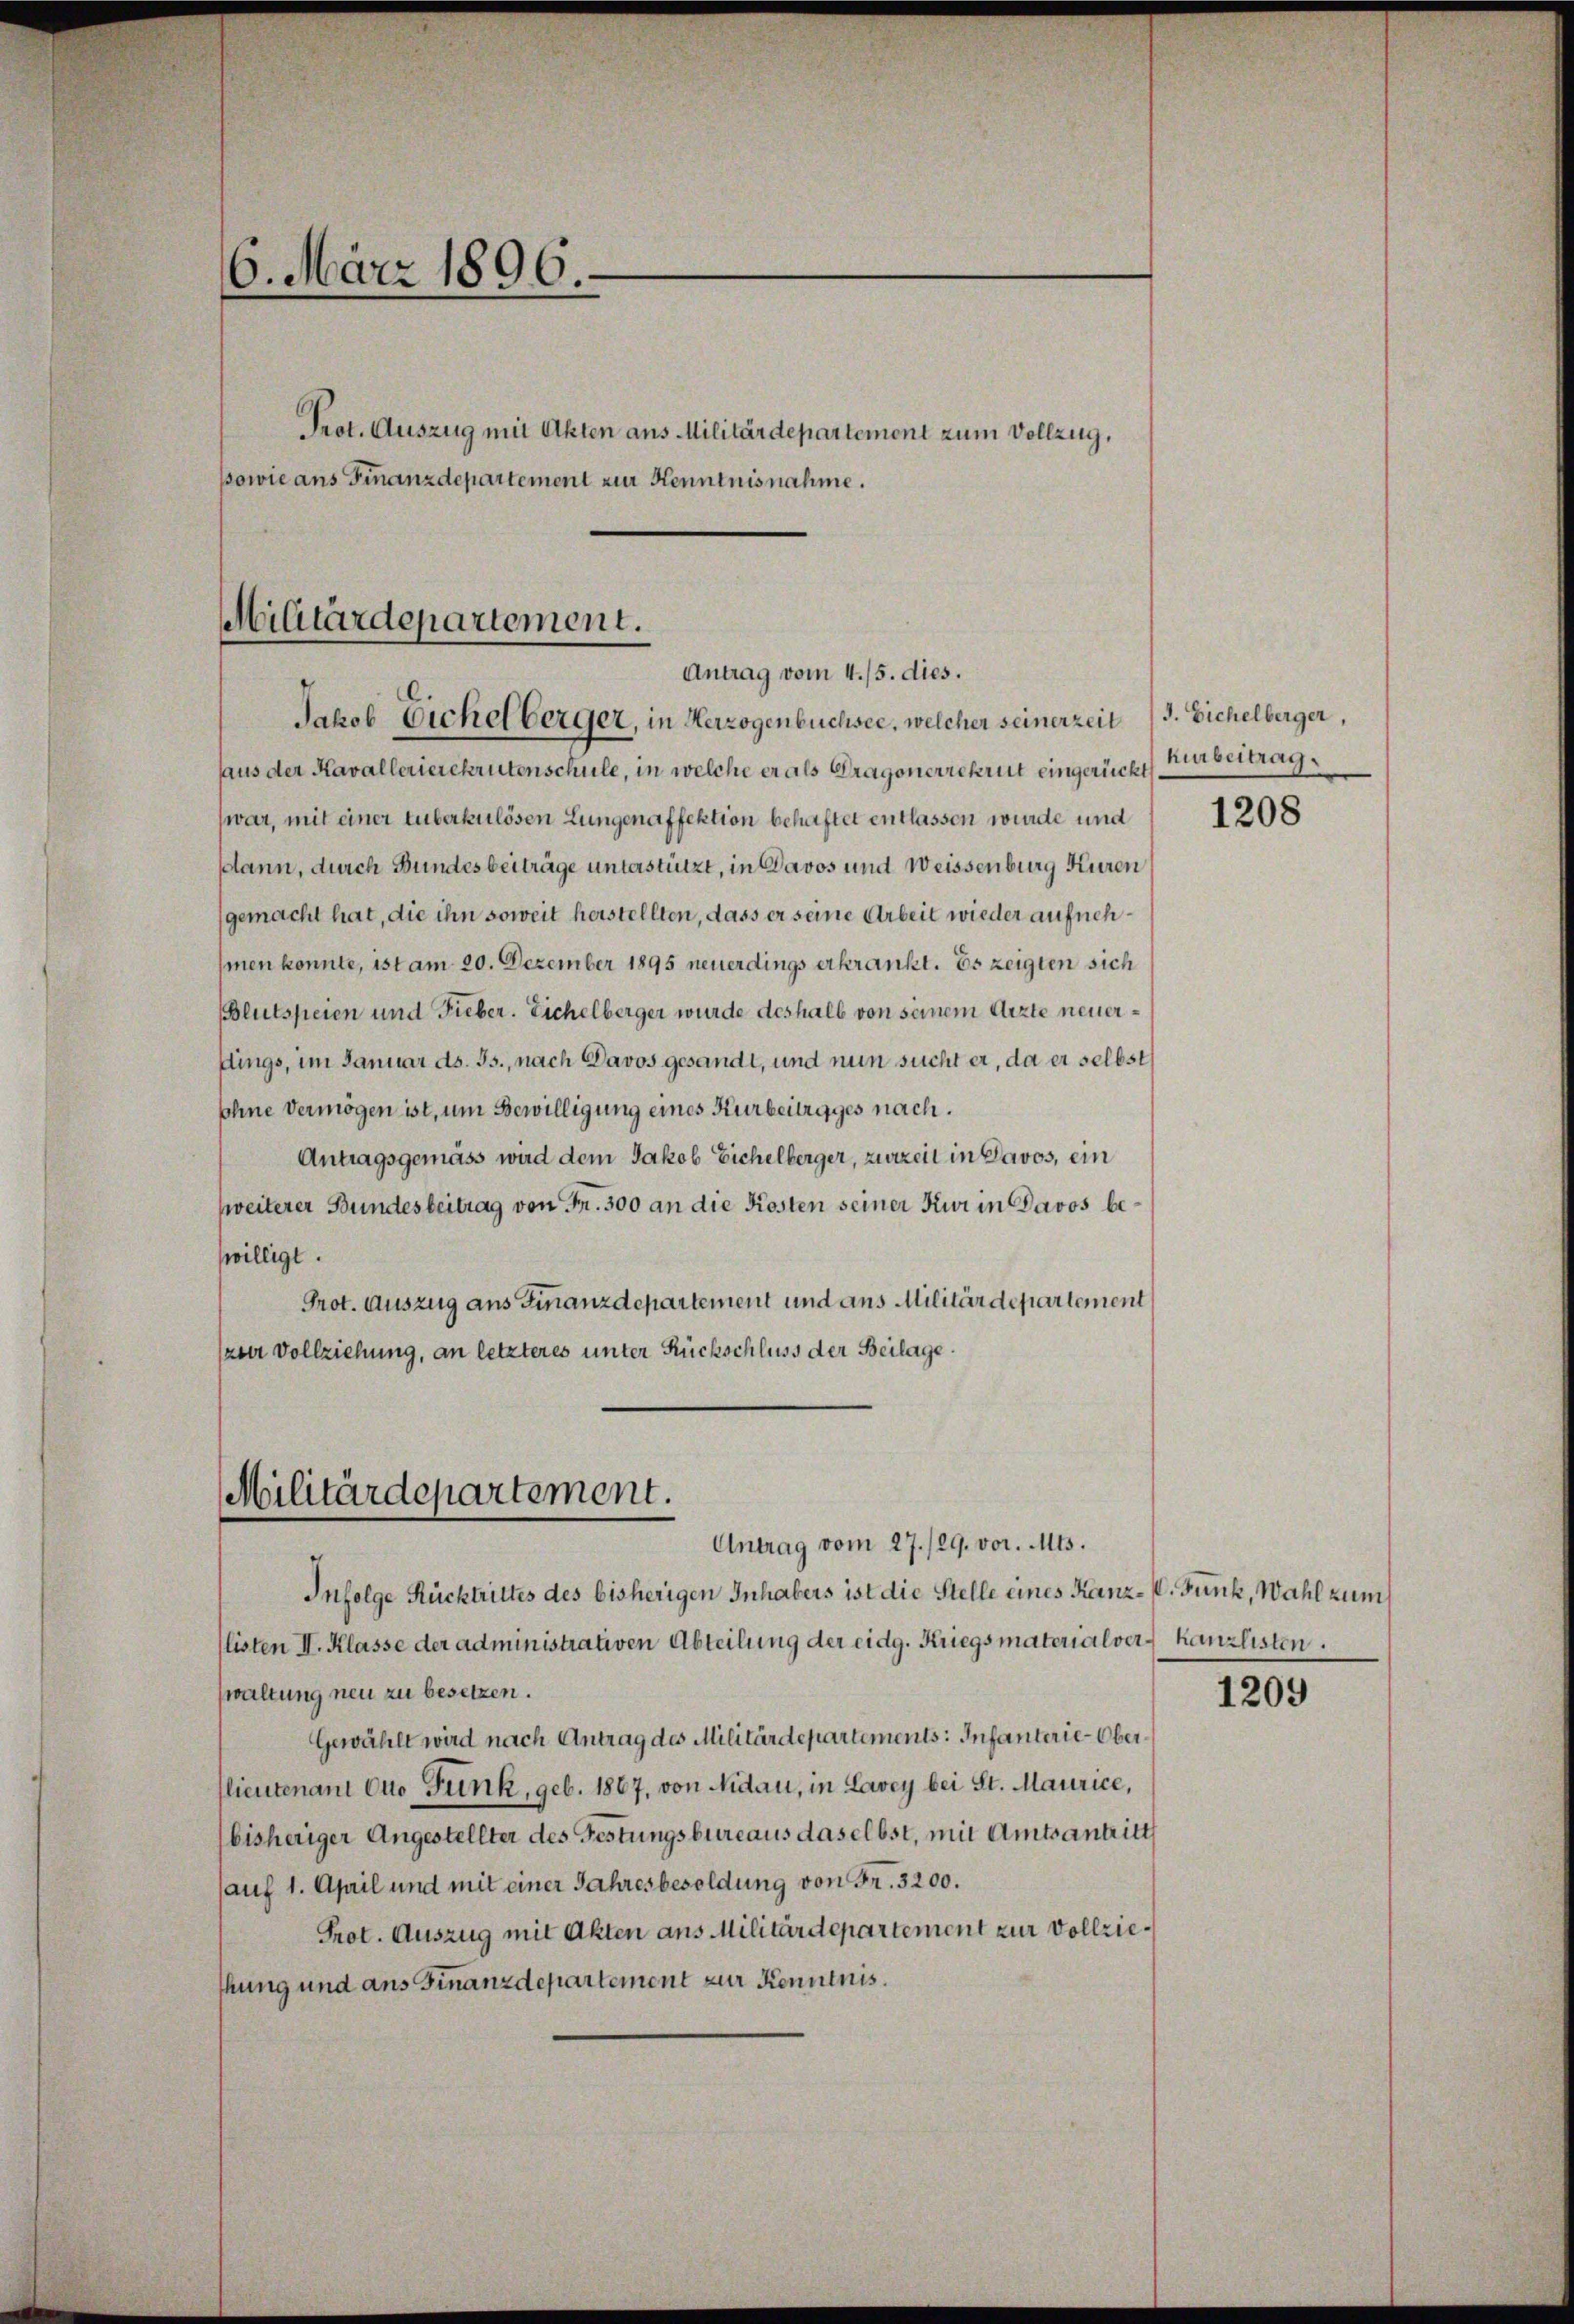
6. März 1896.
Prot. Auszug mit Akten aus Militärdepartement zum Vollzug,
sowie ans Finanzdepartement zur Kenntnisnahme.

Militärdepartement.
Antrag vom 4./5. dies.
Jakob Eichelberger, in Herzogenbüchsee, welcher seinerzeit

haus der Kavallerierekrutenschule, in welche er als Dragonerrekrut eingerückt
war, mit einer Luberkulösen Lungenaffektion behaftet entlassen wurde und
ann, durch Bundesbeiträge unterstützt, in Davos und Weissenburg Kuren
gemacht hat, die ihn soweit herstellten, dass er seine Arbeit wieder aufnehhmen konnte, ist am 20. Dezember 1895 neuerdings erkrankt. Es zeigten sich
BBlutspeien und Fieber. Eichelberger wurde deshalb von seinem Arzte neuerflings, im Januar ds. Js., nach Davos gesandt, und nun sucht er, da er selbst
sohne Vermögen ist, um Bewilligung eines Kurbeitrages nach.
Antragsgemäss wird dem Jakob Eichelberger, zurzeit in Davos, ein
zweiterer Bundesbeitrag von Fr. 300 an die Kosten seiner Kur in Davos bewilligt.
Prot. Auszug aus Finanzdepartement und aus Militärdepartement
zner Vollziehung, an letzteres unter Rückschluss der Beilage.

Militärdepartement.
Antrag vom 27./29. vor. Mts.

Infolge Rücktrittes des bisherigen Inhabers ist die Stelle eines Kanz-V. Funk, Wahl zum
listen II. Klasse der administrativen Abteilung der eidg. Kriegsmaterialver, kanzlisten.
waltung neu zu besetzen.
Gewählt wird nach Antrag des Militärdepartements: Infanterie-Ober¬
(lieutenant quo Funk, geb. 1867, von Nidau, in Lavey bei St. Maurice,
bisheriger Angestellter des Festungsbureaus daselbst, mit Amtsantritt
(auf 1. April und mit einer Jahresbesoldung von Fr. 3200.
Prot. Auszug mit Akten aus Militärdepartement zur Vollziehung und ans Finanzdepartement zur Kenntnis.

J. Eichelberger,
hurbertrag.

1208

1209